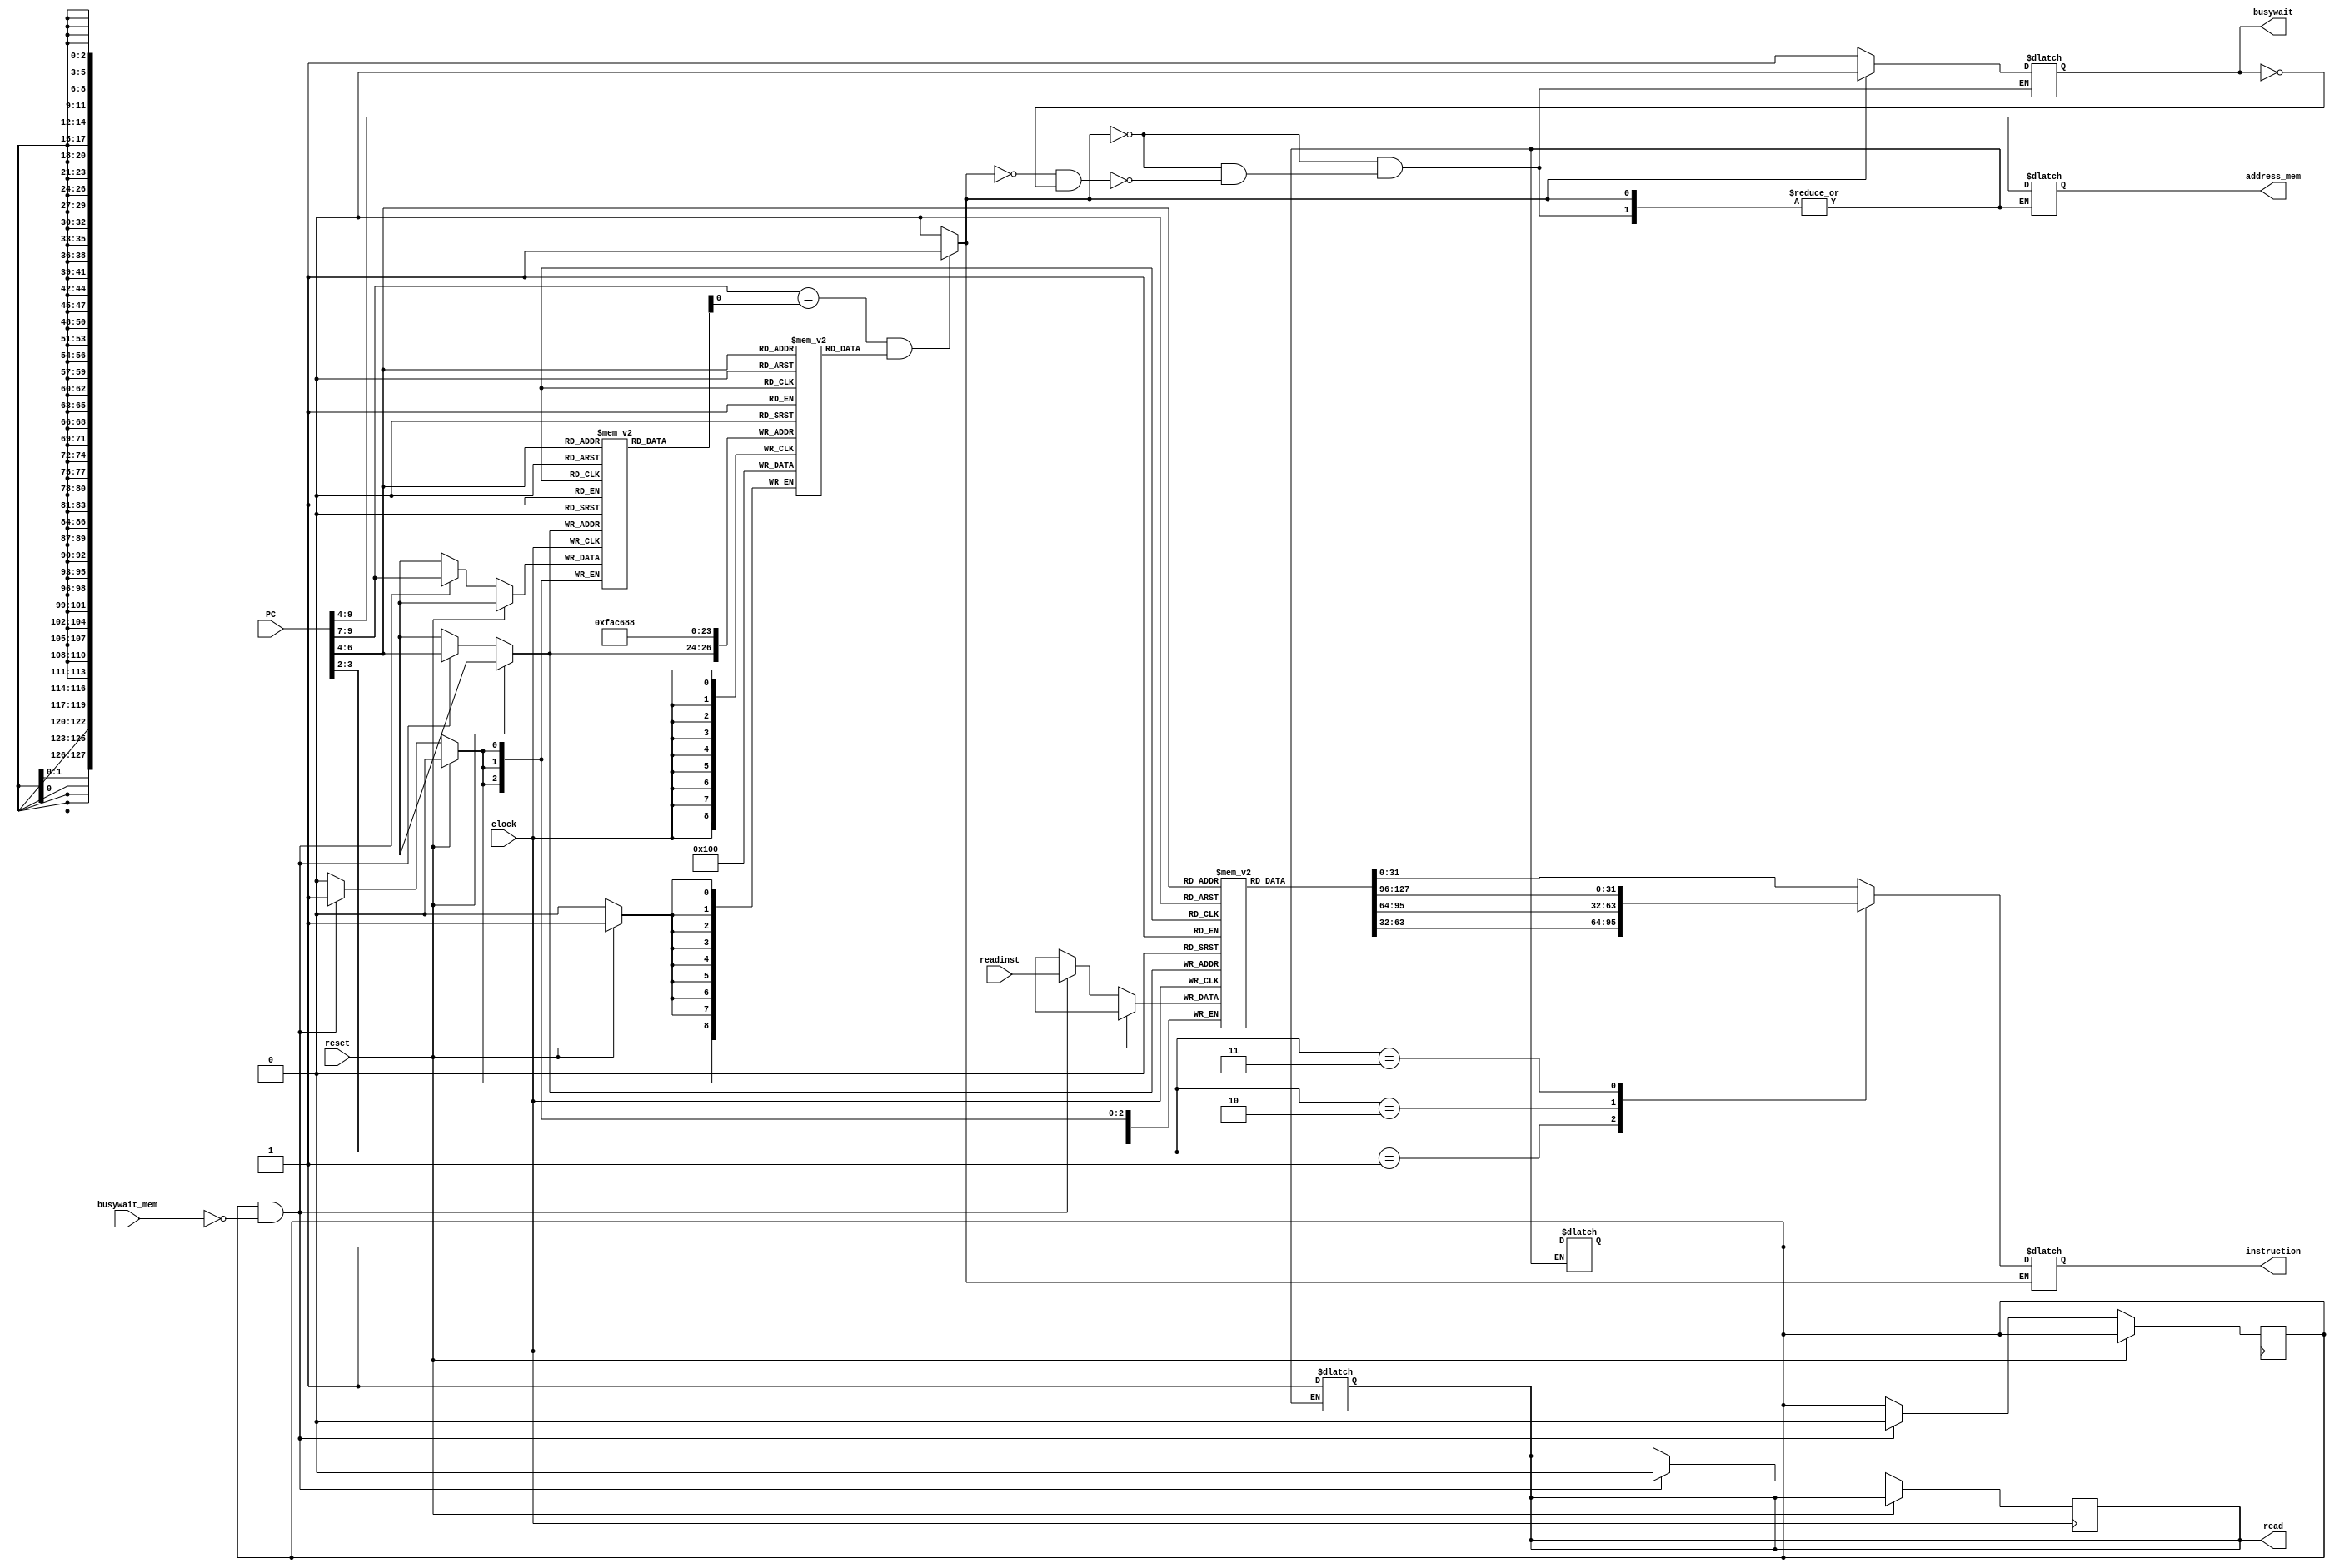

`timescale  1ns/100ps

module instruction_cache(clock, PC, instruction, busywait,reset,read,address_mem,readinst,busywait_mem);

//Inputs and outputs with the CPU
input clock,reset;
input [31:0] PC; //32 bit pc


output reg busywait;

output reg read;



//to and from instruction memory
input [127:0] readinst;            //128 bit
input busywait_mem;          

output reg [31:0] instruction;   //32 bit instructions
output reg [5:0] address_mem;      //6 bit block address

//for insttruction cache storage

reg [127:0] inst_cache [0:7];      //8 data blocks---128 bits
reg [2:0] tag_inst [0:7];          // 8 tags of 3 bits
reg valid_inst [0:7];              //8 valid signals
 
reg [2:0] tag,index;    //3 bit tag and index
reg [1:0] offset;       //2 bit offset
reg valid;              //valid 
reg hit;             //for hit
reg write_memdata;
reg tag_ch;

integer i;       //variable


initial
begin

    read = 0;
    busywait = 0;

    //At the begining all cache entries are empty. 
    
    for(i=0;i<8;i=i+1)  
    begin
    valid_inst[i] = 0;  //to assign zero to valid bits 
    end

end

always@(*)
begin

//Split the address into tag,index,and offset
//address= pc[9:0]

    tag = PC [9:7];
    index = PC [6:4];
    offset = PC [3:2];
 #1;   
    tag_ch = tag_inst[index];
    valid = valid_inst[index];
end

//tag comparison and check whether it is a hit or a miss
always@(valid,tag_ch,index)
begin

    if((tag==tag_ch)&& valid)  //if tag is matched and valid bit=1
    #0.9 hit = 1;      //hit
    else
    #0.9 hit = 0;     //miss


end

always@(hit)
begin
    //busywait

    if(hit)
        busywait=0;

    else if(!hit & !busywait) 
    begin
        read = 1;        //memory read
        busywait = 1;
        address_mem = {tag,index};
        write_memdata = 1;
    end



end


always@(index,offset,inst_cache[index],hit)
begin
if(hit) begin
#1;
         case(offset)     //INSTRUCTION WORD SELECTION Based on the offset
                2'd0    : instruction = inst_cache[index][31:0];
                2'd1    : instruction = inst_cache[index][63:32];
                2'd2    : instruction = inst_cache[index][95:64];
                2'd3    : instruction = inst_cache[index][127:96];
            endcase
            
end
end

always @(posedge clock)
begin

//reset
        if(reset) begin
           
            for(i=0;i<8;i++)
            begin
            valid_inst[i] = 0;      //assign valid bits to zero
            end
            
end

 else if(write_memdata & !busywait_mem)
        begin
            read = 0;

            //latency of #1 time unit for writing operation(writing the fetched values to the cache memory)
        #1;
           
            inst_cache [index] = readinst;
            tag_inst [index] = tag;
            valid_inst [index] = 1;
            write_memdata = 0;
        end


end


endmodule